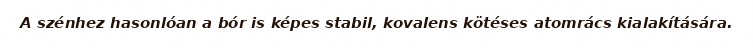
A szénhez hasonlóan a bór is képes stabil, kovalens kötéses atomrács kialakítására.